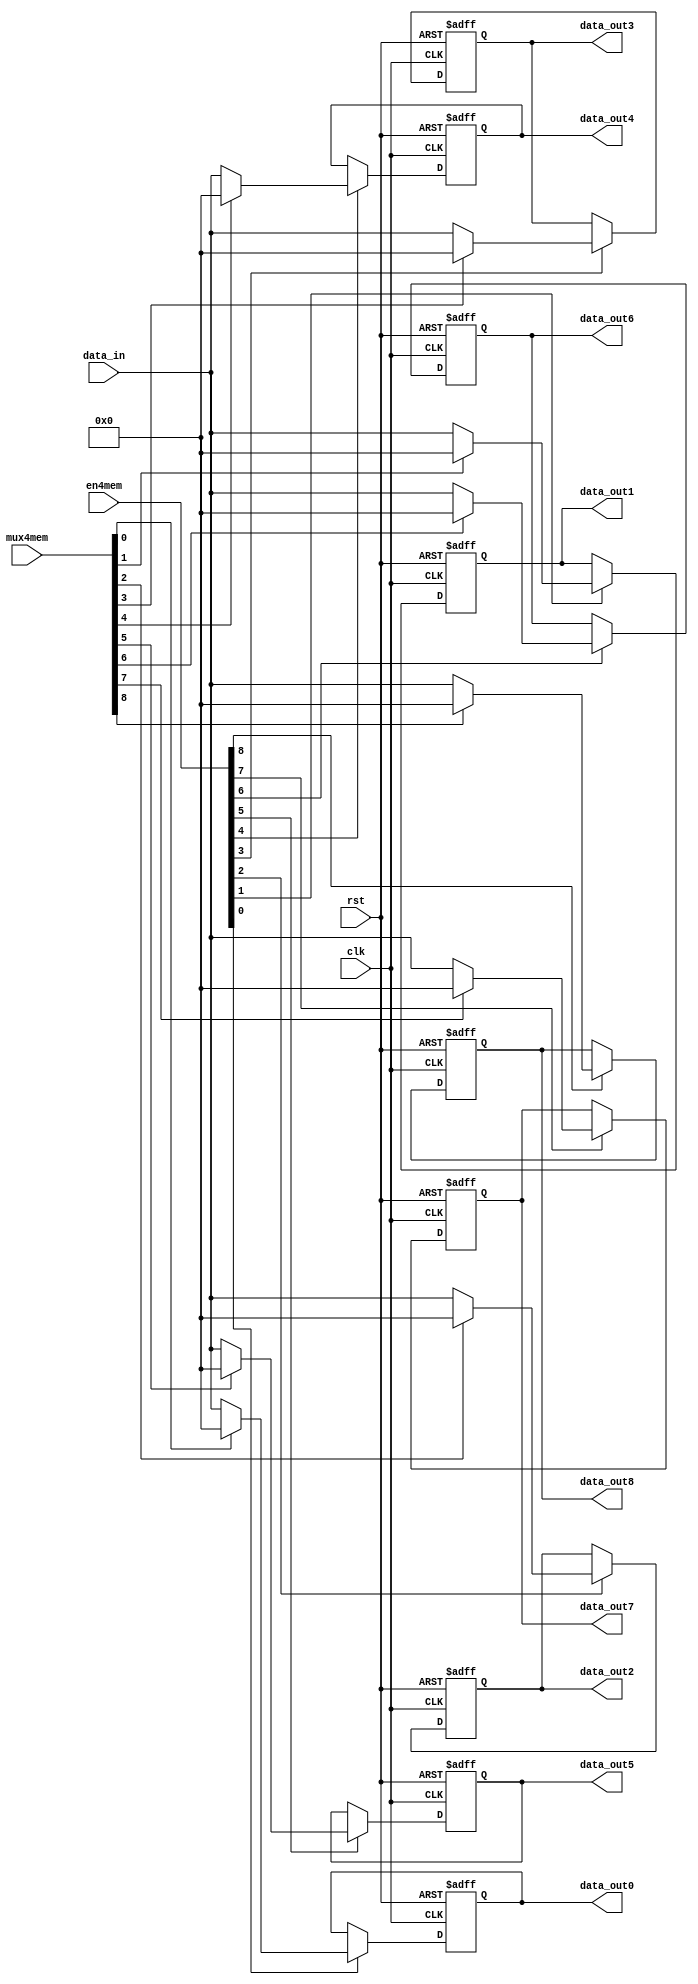
module MEM_L0(
		input					rst,//in 1
		input					clk,//in 1
		input			[19:0]	data_in,//in 20
		input			[8:0]	mux4mem,//in 9
		input			[8:0]	en4mem,//in 9
		output	reg		[19:0]	data_out0,//out 20
		output	reg		[19:0]	data_out1,//out 20
		output	reg		[19:0]	data_out2,//out 20
		output	reg		[19:0]	data_out3,//out 20
		output	reg		[19:0]	data_out4,//out 20
		output	reg		[19:0]	data_out5,//out 20
		output	reg		[19:0]	data_out6,//out 20
		output	reg		[19:0]	data_out7,//out 20
		output	reg		[19:0]	data_out8//out 20
		);
//////////////////// mem //////////////////////
	always@(posedge clk or posedge rst)begin
		if(rst)begin
			data_out0<=20'd0;
		end else if(en4mem[0])begin
			data_out0<=(mux4mem[0])?20'd0:data_in;
		end
	end
	always@(posedge clk or posedge rst)begin
		if(rst)begin
			data_out1<=20'd0;
		end else if(en4mem[1])begin
			data_out1<=(mux4mem[1])?20'd0:data_in;
		end
	end
	always@(posedge clk or posedge rst)begin
		if(rst)begin
			data_out2<=20'd0;
		end else if(en4mem[2])begin
			data_out2<=(mux4mem[2])?20'd0:data_in;
		end
	end
	always@(posedge clk or posedge rst)begin
		if(rst)begin
			data_out3<=20'd0;
		end else if(en4mem[3])begin
			data_out3<=(mux4mem[3])?20'd0:data_in;
		end
	end
	always@(posedge clk or posedge rst)begin
		if(rst)begin
			data_out4<=20'd0;
		end else if(en4mem[4])begin
			data_out4<=(mux4mem[4])?20'd0:data_in;
		end
	end
	always@(posedge clk or posedge rst)begin
		if(rst)begin
			data_out5<=20'd0;
		end else if(en4mem[5])begin
			data_out5<=(mux4mem[5])?20'd0:data_in;
		end
	end
	always@(posedge clk or posedge rst)begin
		if(rst)begin
			data_out6<=20'd0;
		end else if(en4mem[6])begin
			data_out6<=(mux4mem[6])?20'd0:data_in;
		end
	end
	always@(posedge clk or posedge rst)begin
		if(rst)begin
			data_out7<=20'd0;
		end else if(en4mem[7])begin
			data_out7<=(mux4mem[7])?20'd0:data_in;
		end
	end
	always@(posedge clk or posedge rst)begin
		if(rst)begin
			data_out8<=20'd0;
		end else if(en4mem[8])begin
			data_out8<=(mux4mem[8])?20'd0:data_in;
		end
	end
endmodule